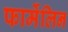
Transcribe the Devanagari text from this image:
फार्मेलिन